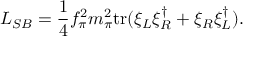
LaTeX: { \cal L } _ { S B } = { \frac { 1 } { 4 } } f _ { \pi } ^ { 2 } m _ { \pi } ^ { 2 } \mathrm { t r } ( \xi _ { L } \xi _ { R } ^ { \dagger } + \xi _ { R } \xi _ { L } ^ { \dagger } ) .